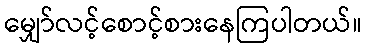
မျှော်လင့်စောင့်စားနေကြပါတယ်။